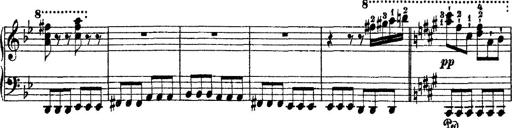
Title: 2 KonzertetÃ¼den
Composer: Franz Liszt